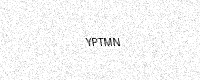
Text: YPTMN